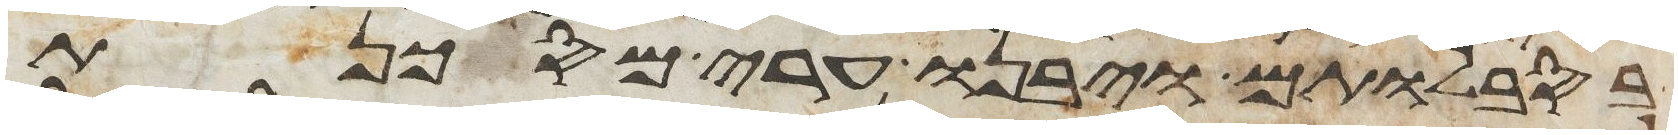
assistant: בסבלותם ויבנו ערי מסכנת